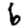
Digit: 6